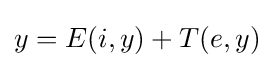
y=E(i,y)+T(e,y)